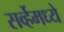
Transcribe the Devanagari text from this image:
सर्व्हेमध्ये